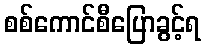
စစ်ကောင်စီပြောခွင့်ရ